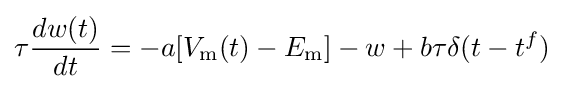
\tau {\frac {dw(t)}{dt}}=-a[V_{\mathrm {m} }(t)-E_{\mathrm {m} }]-w+b\tau \delta (t-t^{f})